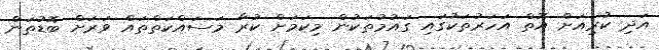
އަދި ކުރިއަށް އޮތް އަހަރުތަކުގައި ގައުމުތަކުން މިކަމަށް ކުރާ މަސައްކަތްތައް ވަރަށް ބޮޑުތަން